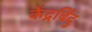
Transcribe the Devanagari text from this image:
केंद्रबिँदु